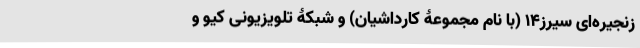
زنجیره‌ای سیرز۱۴ (با نام مجموعۀ کارداشیان) و شبکۀ تلویزیونی کیو و